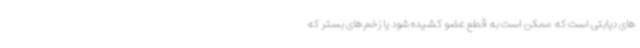
های دیابتی است که ممکن است به قطع عضو کشیده شود یا زخم های بستر که